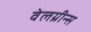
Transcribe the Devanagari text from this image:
वेलग्रीन्स